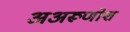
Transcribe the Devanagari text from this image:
अअरूणोश